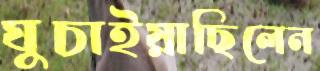
ঘুচাইয়াছিলেন